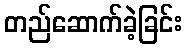
တည်ဆောက်ခဲ့ခြင်း